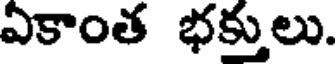
ఏకాంత భక్తులు.